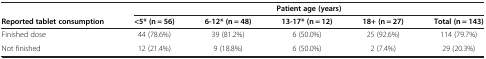
|  | <COLSPAN=5> Patient age (years) |
 | Reported tablet consumption | <5* (n = 56) | 6-12* (n = 48) | 13-17* (n = 12) | 18+ (n = 27) | Total (n = 143) |
 | --- | --- | --- | --- | --- | --- |
 | Finished dose | 44 (78.6%) | 39 (81.2%) | 6 (50.0%) | 25 (92.6%) | 114 (79.7%) |
 | Not finished | 12 (21.4%) | 9 (18.8%) | 6 (50.0%) | 2 (7.4%) | 29 (20.3%) |